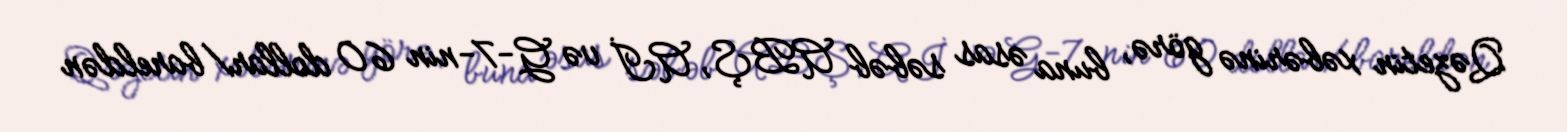
Qəzetin xəbərinə görə, buna əsas səbəb ABŞ, Aİ və G-7-nin 60 dollar/bareldən